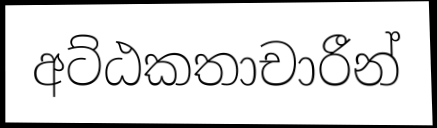
අට්ඨකතාචාරීන්